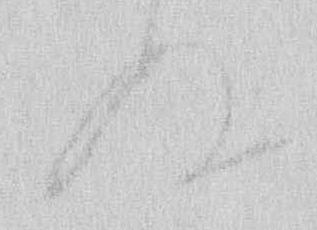
ぬ